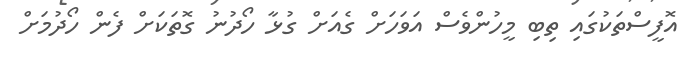
އޮފީސްތަކުގައި ތިބި މީހުންވެސް އަވަހަށް ގެއަށް ގުޅާ ހޯދުނު ގޮތަކަށް ފެން ހޯދުމަށް